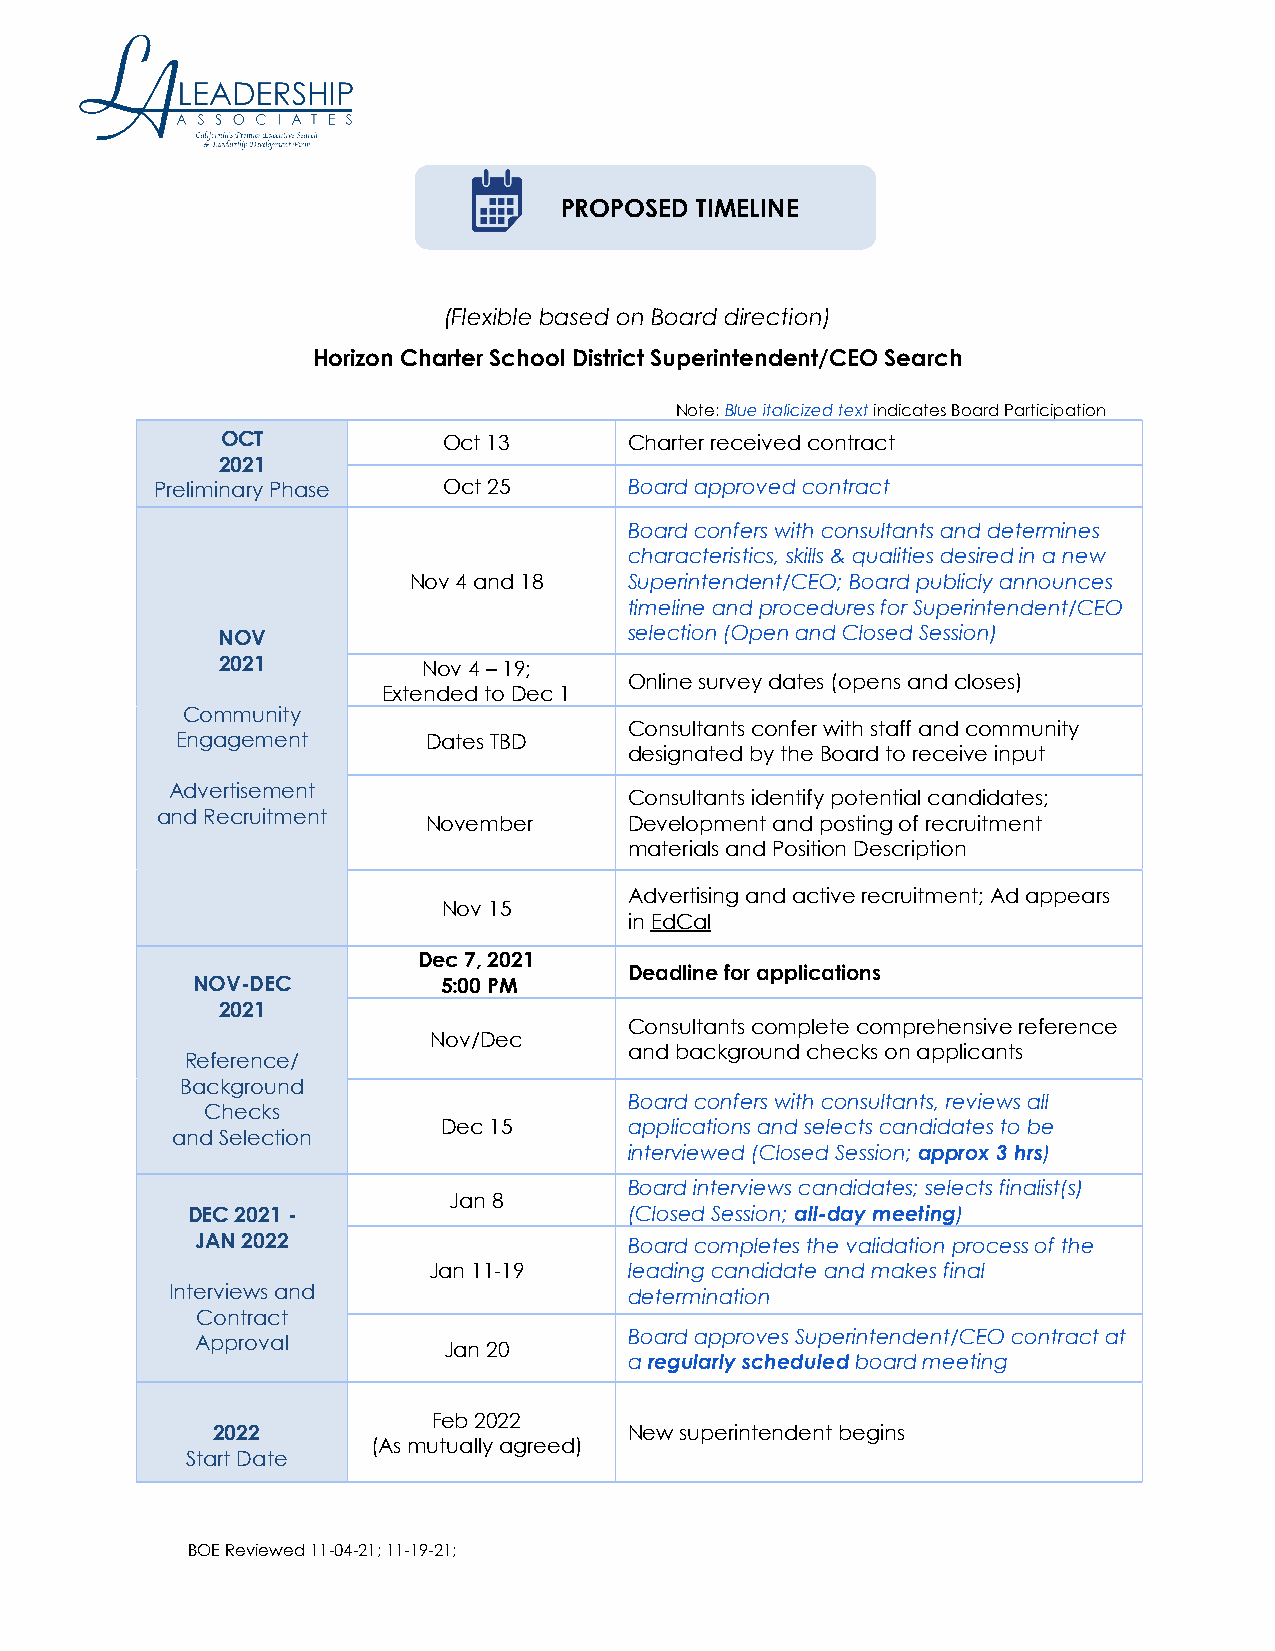
PROPOSED TIMELINE
 (Flexible based on Board direction)
 Horizon Charter School District Superintendent/CEO Search
 Note: Blue italicized text indicates Board Participation
 OCT           Oct 13       Charter received contract
 2021
 Preliminary Phase  Oct 25       Board approved contract
 Board confers with consultants and determines
 characteristics, skills & qualities desired in a new
 Nov 4 and 18   Superintendent/CEO; Board publicly announces
 timeline and procedures for Superintendent/CEO
 NOV                         selection (Open and Closed Session)
 2021          Nov 4 – 19;
 Online survey dates (opens and closes)
 Extended to Dec 1
 Community
 Consultants confer with staff and community
 Engagement      Dates TBD
 designated by the Board to receive input
 Advertisement
 Consultants identify potential candidates;
 and Recruitment   November      Development and posting of recruitment
 materials and Position Description
 Advertising and active recruitment; Ad appears
 Nov 15
 in EdCal
 Dec 7, 2021
 Deadline for applications
 NOV-DEC         5:00 PM
 2021
 Consultants complete comprehensive reference
 Nov/Dec
 and background checks on applicants
 Reference/
 Background
 Board confers with consultants, reviews all
 Checks
 Dec 15       applications and selects candidates to be
 and Selection
 interviewed (Closed Session; approx 3 hrs)
 Board interviews candidates; selects finalist(s)
 Jan 8
 DEC 2021 -                    (Closed Session; all-day meeting)
 JAN 2022                     Board completes the validation process of the
 Jan 11-19     leading candidate and makes final
 Interviews and                 determination
 Contract
 Board approves Superintendent/CEO contract at
 Approval
 Jan 20
 a regularly scheduled board meeting
 Feb 2022
 2022                        New superintendent begins
 (As mutually agreed)
 Start Date
 BOE Reviewed 11-04-21; 11-19-21;